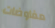
مفاوضات